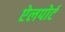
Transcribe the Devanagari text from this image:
ऐलपोर्ट